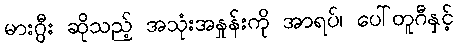
မားဂွီး ဆိုသည့် အသုံးအနှုန်းကို အာရပ်၊ ပေါ်တူဂီနှင့်